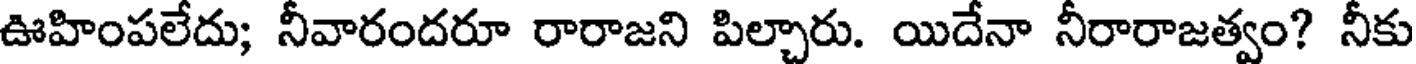
ఊహింపలేదు; నీవారందరూ రారాజని పిల్చారు. యిదేనా నీరారాజత్వం? నీకు